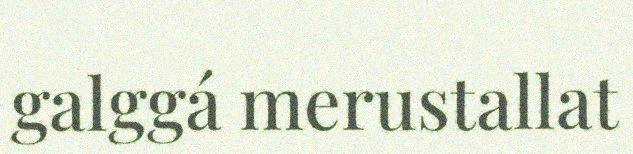
galggá merustallat